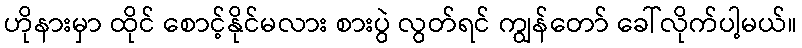
ဟိုနားမှာ ထိုင် စောင့်နိုင်မလား စားပွဲ လွတ်ရင် ကျွန်တော် ခေါ်လိုက်ပါ့မယ်။